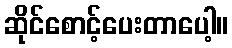
ဆိုင်စောင့်ပေးတာပေါ့။